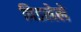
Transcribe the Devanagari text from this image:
पिडलेले